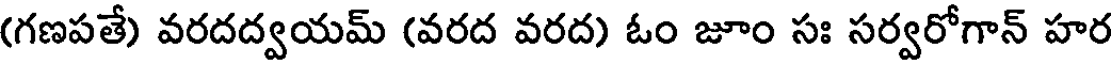
(గణపతే వరదద్వయమ్ (వరద వరద) ఓం జూం సః సర్వరోగాన్ హర